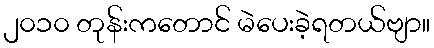
၂၀၁၀ တုန်းကတောင် မဲပေးခဲ့ရတယ်ဗျာ။